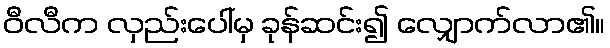
ဝီလီက လှည်းပေါ်မှ ခုန်ဆင်း၍ လျှောက်လာ၏။